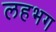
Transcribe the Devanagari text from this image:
लहभग